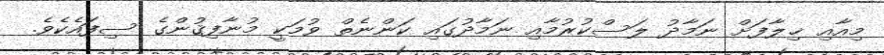
މިއާއި ޚިލާފަށް ނަމާދު ލަސްކުރުމާއި ނަމާދުގައި ކަންނެތް ވުމަކީ މުނާފިޤުންގެ ސިފައެކެވެ.